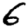
Digit: 6